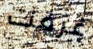
غرقت